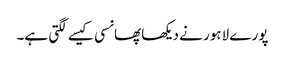
پورے لاہور نے دیکھا پھانسی کیسے لگتی ہے۔